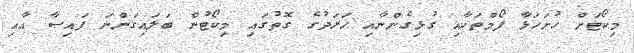
މިކޯޓަށް ހުށަހަޅާ ފޯމްތަކާއި ގުޅިގެންނާއި ޚަރަދުގެ ގޮތުގައި މިކޯޓުން ބަލައިގަންނަ ފައިސާ އާއި